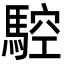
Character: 𩣼